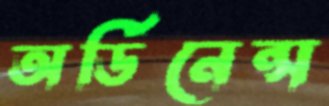
অর্ডিনেন্স